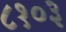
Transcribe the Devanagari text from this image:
८१०३